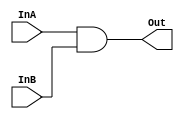
`timescale 1ns / 1ps

////////////////////////////////////////////////////////////////////////////////
// ECE369 - Computer Architecture
// 
// Group Members    : Diego Moscoso, Fausto Sanchez, Jake Summerville
// Percent Effort   : 33.3% - 33.3% - 33.3%
//
// Module           : AndGate.v
// Description      : Compares and returns the 'and' of two values
////////////////////////////////////////////////////////////////////////////////

module AndGate(InA, InB, Out);
    input InA, InB;
    output Out;
    
    assign Out = InA & InB;
endmodule